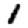
Digit: 1